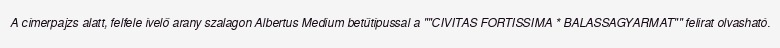
A címerpajzs alatt, felfele ívelő arany szalagon Albertus Medium betűtípussal a ""CIVITAS FORTISSIMA * BALASSAGYARMAT"" felirat olvasható.